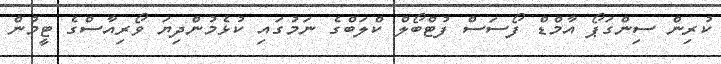
ކުރިން ސިންގަޕޯ އާމްޑް ފޯސަސް ފުޓްބޯލް ކްލަބްގެ ނަމުގައި ކުޅެމުންދިޔަ ވޯރިއާސްގެ ޓީމުން